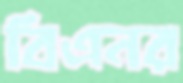
বিএনর